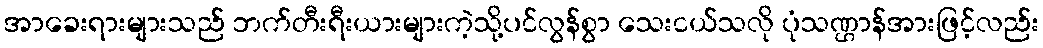
အာခေးရားများသည် ဘက်တီးရီးယားများကဲ့သို့ပင်လွန်စွာ သေးငယ်သလို ပုံသဏ္ဌာန်အားဖြင့်လည်း